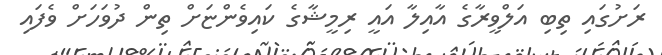
ރަށުގައި ތިބި އަލްވީރާގެ އާއިލާ އައީ ރިމީޝާގެ ކައިވެންޏަށް ތިން ދުވަހަށް ވެފައި